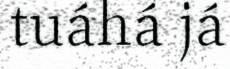
tuáhá já